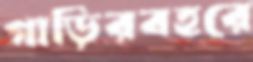
গাড়িরবহরে